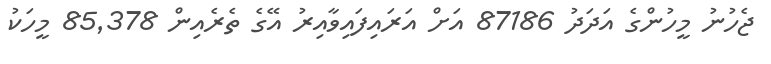
ޖެހުނު މީހުންގެ އަދަދު 87186 އަށް އަރައިފައިވާއިރު އޭގެ ތެރެއިން 85